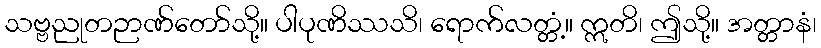
သဗ္ဗညုတဉာဏ်တော်သို့။ ပါပုဏိဿသိ၊ ရောက်လတ္တံ့။ ဣတိ၊ ဤသို့။ အတ္တာနံ၊